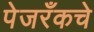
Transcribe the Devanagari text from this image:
पेजरँकचे